Annual report on the mental hospital in the Central Provinces and Berar (Nagpur) - 1927-1951
Year: 1927
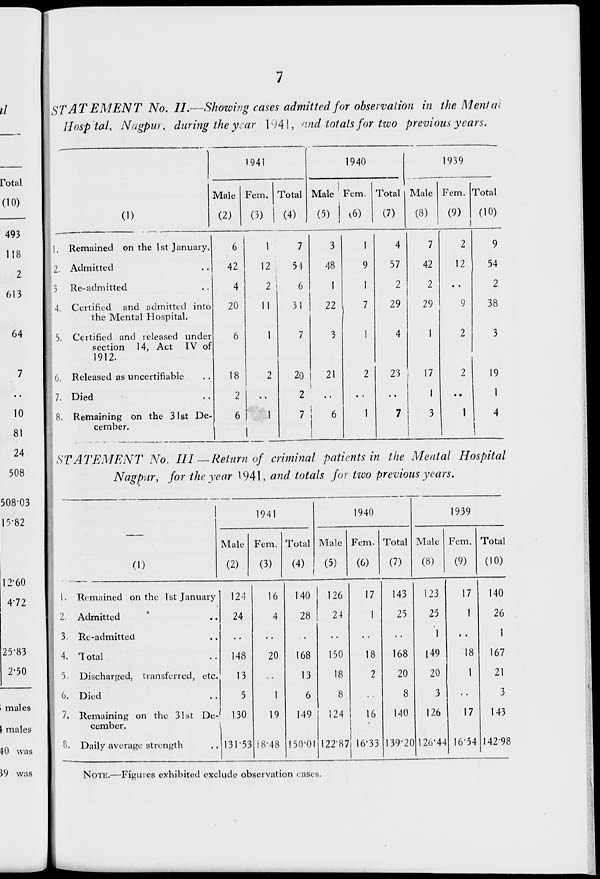
493
118
2
613
64
10
81
24
508
STATEMENT No. II.- Showing cases admitted for observation in the Mental
HosptaU Nagpw\ during the year 1941, 'ind totals for two previous years.
1941
(D
Male
(2)
Fem. Total
(3) I (4)
1940
Male Fem,
(5)
16)
1. Remained on the 1st January,
2. Admitted
3 Re-admitted
4. Certified and admitted into
the Mental Hospital.
5. Certified and released under
section 14, Act IV of
1912.
G, Released as uncertifiabie
7. Died
8. Remaining on the 31st De-
cember.
6
42
4
20
18
2
6J
I
1
7
3
1
4
7
2
9
12;
54
48
9
57
42
12
54
2 !
6
1
1
2
2
2
11
31
22
7
29
29
9
38
1
7
3
1
4
1
2
3
2
20
21
2
23
17
2
19
.
2
1
• •
1
1
7
6
1
7
3
1
4
|
STATEMENT No. Ill— Return of criminal patients in the Mental Hospital
Nagpur, for the year 1941, and totals for two previous years.
1941
1940
1939
Male Fem. Total Male Fem. Total Male Fem. Total
(1)
(2)
(3)
(4)
1
(5)
(6)
(7)
(8)
(9)
(10)
1. Remained on the 1 st January 124
16
140
126
17
143
123
17
140
2. Admitted
24
4
28
24
1
25
25
1
26
3. Re-admitted
•.
1
1
4. Total
148
20
168
150
18
168
149
18
167
5. Discharged, transferred, etc.
13
■ •
13
18
2
20
20
1
21
6. Died
5
1
6
8
8
3
3
7. Remaining on the 31st De-
cember.
130
19
149
124
16
140
126
17
143
8. Daily average strength
131-53 18-48 150-01 122-87 16-33 139-20 12b-44 16-54 14298
NOTE.—Figures exhibited exclude observation eases.